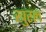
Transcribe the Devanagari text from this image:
खुरल